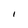
Character: I